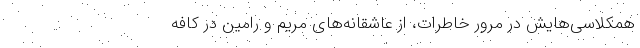
همکلاسی‌هایش در مرور خاطرات، از عاشقانه‌های مریم و رامین در کافه